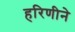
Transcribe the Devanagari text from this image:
हरिणीने